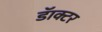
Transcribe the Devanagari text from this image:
डॅाक्टर